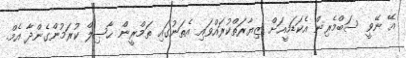
އޭ ނޭވީ ސަބްމެރިން އެކަޑަމީއަށް ޒިޔާރަތްކުރައްވައި އެތަނުގައި ތަމްރީން ޙާޞިލް ކުރަމުންގެންދާ އެމް.